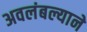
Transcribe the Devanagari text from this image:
अवलंबल्याने